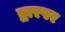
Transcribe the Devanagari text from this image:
द्वारपर